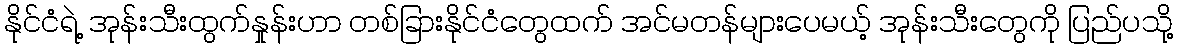
နိုင်ငံရဲ့ အုန်းသီးထွက်နှုန်းဟာ တစ်ခြားနိုင်ငံတွေထက် အင်မတန်များပေမယ့် အုန်းသီးတွေကို ပြည်ပသို့